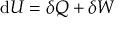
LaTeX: \mathrm { d } U = \delta Q + \delta W